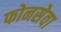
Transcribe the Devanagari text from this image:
फोनसेवा